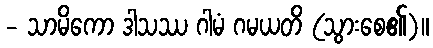
- သာမိကော ဒါသဿ ဂါမံ ဂမယတိ (သွားစေ၏)။